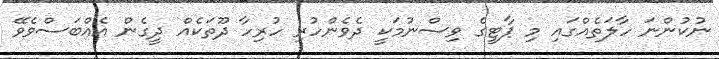
ނުކުންނަ ހާލަތެއްގައި މި ޕާޓީގެ ވިސްނުމަކީ ދެވެންހުރި ހުރިހާ ދޫތަކެއް ދީގެން އެއްބަސްވެވޭ